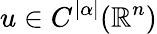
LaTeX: u\in C^{|\alpha|}(\mathbb{R}^{n})